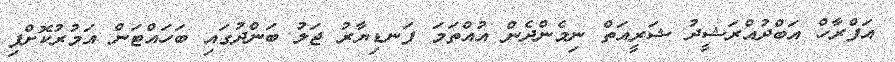
އަފްރާހް އަބްދުއްރަޝީދު ޝަރީއަތް ނިމެންދެން އުއްތަމަ ފަނޑިޔާރު ޖަލު ބަންދުގައި ބަހައްޓަން އަމުރުކޮށްފި